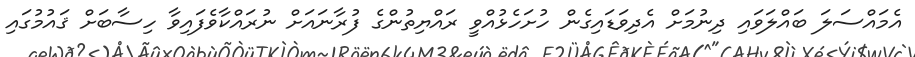
އެމައްސަލަ ބައްލަވައި ދިނުމަށް އެދިވަޑައިގެން ހުށަހެޅުއްވީ ރައްޔިތުންގެ ފުރާނައަށް ނުރައްކާވެފައިވާ ހިސާބަށް ޤައުމުގައި